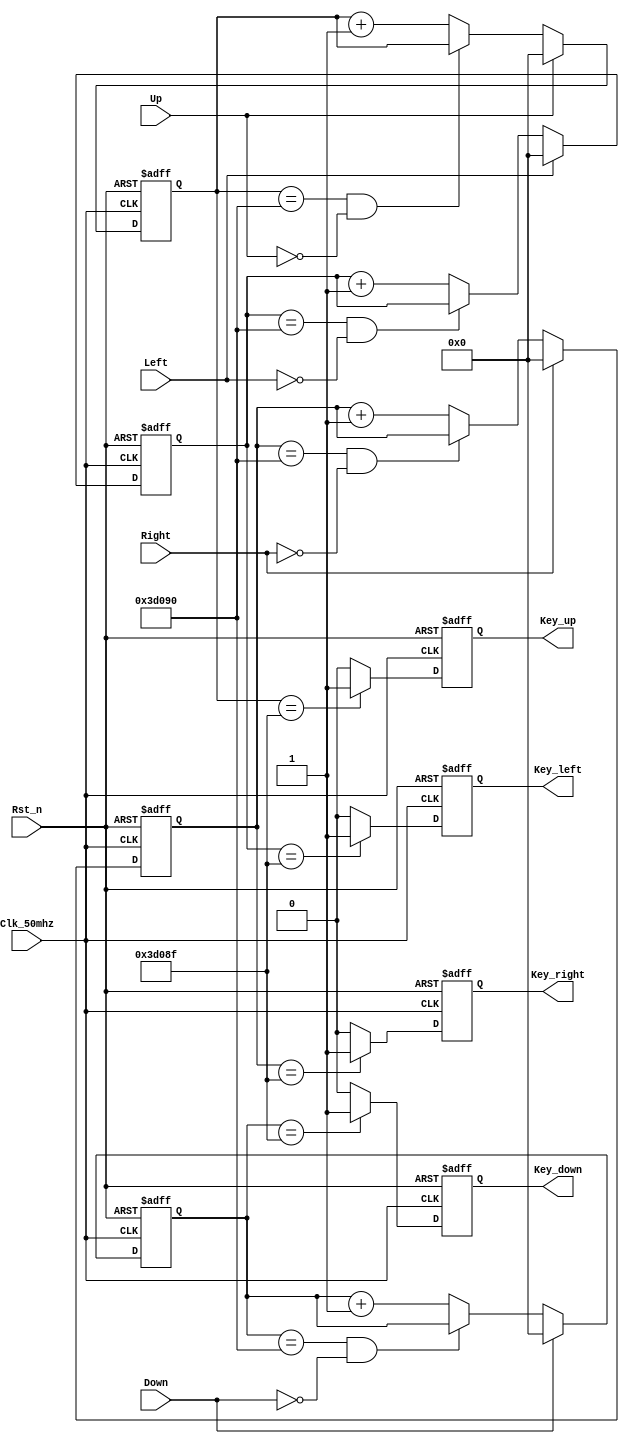
module Key_check_module//
(	
	input Clk_50mhz,//50M
	input Rst_n,//
	
	input Left,//
	input Right,//
	input Up,//
	input Down,//
	
	output reg Key_left,//
	output reg Key_right,//
	output reg Key_up,//
	output reg Key_down//
);

/***************************************************************************/
	reg [31:0] Count1;//32100MS
	
	reg Key_left2;//2
	reg Key_right2;//2
	reg Key_up2;//2
	reg Key_down2;//2
	
	
	/*
	
	always @ (posedge Clk_50mhz or negedge Rst_n)
	begin
		if(!Rst_n)
		begin
			Count1 <= 32'd0;
			
			Key_left <= 1'd0;
			Key_right <= 1'd0;
			Key_up <= 1'd0;
			Key_down <= 1'd0;
			
			Key_left2 <= 1'd0;
			Key_right2 <= 1'd0;
			Key_up2 <= 1'd0;
			Key_down2 <= 1'd0;						
		end
		else 
		begin
			if(Count1 == 32'd5_0000)//100MS0
			begin//2201
				Count1 <= 0;//
				
				Key_left2 <= Left;//
				Key_right2 <= Right;
				Key_up2 <= Up;
				Key_down2 <= Down;
			
				if((Key_left2 == 1'd1) && (Left == 1'd0))
					Key_left <= 1'd1;
				if((Key_right2 == 1'd1) && (Right == 1'd0))
					Key_right <= 1'd1;
				if((Key_up2 == 1'd1) && (Up == 1'd0))
					Key_up <= 1'd1;
				if((Key_down2 == 1'd1) && (Down == 1'd0))
					Key_down <= 1'd1;	
			end
			else
			begin
				Count1 <= Count1 + 32'd1;
				//
				Key_left <= 1'd0;
				Key_right <= 1'd0;
				Key_up <= 1'd0;
				Key_down <= 1'd0;
			end
		end	
	end		
*/

	//// /////////////////////////////////////////////
   //// /////////////////////////////////////////////
   //// /////////////////////////////////////////////

	// parameter CNT_MAX = 20'd999_999 ; //
	  parameter CNT_MAX = 20'd250_000 ; //    5ms
		
	reg     [19:0]  cnt_20ms    ;   //

	always@(posedge Clk_50mhz or negedge Rst_n)
	begin 
		 if(Rst_n == 1'b0)
			begin 
			  cnt_20ms <= 20'b0;
			end 
		 else    if(Up == 1'b1)
			begin 
			  cnt_20ms <= 20'b0;
			end 
		 else    if(cnt_20ms == CNT_MAX && Up == 1'b0)
			begin 
			  cnt_20ms <= cnt_20ms;
			end 
		 else
			begin 
			  cnt_20ms <= cnt_20ms + 1'b1;
			end 
	end 

	always@(posedge Clk_50mhz or negedge Rst_n)
	begin 
		 if(Rst_n == 1'b0)
			begin 
			  Key_up <= 1'b0;
			end 
		 else    if(cnt_20ms == CNT_MAX - 1'b1)
			begin 
			  Key_up <= 1'b1;
			end 
		 else
			begin 
			  Key_up <= 1'b0;
			end 
	end 

///////////////////////////////////////////////////////////////////////////
///////////////////////////////////////////////////////////////////////////
///////////////////////////////////////////////////////////////////////////

	reg     [19:0]  cnt_20ms_2    ;   //

	always@(posedge Clk_50mhz or negedge Rst_n)
	begin 
		 if(Rst_n == 1'b0)
			begin 
			  cnt_20ms_2 <= 20'b0;
			end 
		 else    if(Down == 1'b1)
			begin 
			  cnt_20ms_2 <= 20'b0;
			end 
		 else    if(cnt_20ms_2 == CNT_MAX && Down == 1'b0)
			begin 
			  cnt_20ms_2 <= cnt_20ms_2;
			end 
		 else
			begin 
			  cnt_20ms_2 <= cnt_20ms_2 + 1'b1;
			end 
	end 

	always@(posedge Clk_50mhz or negedge Rst_n)
	begin 
		 if(Rst_n == 1'b0)
			begin 
			  Key_down <= 1'b0;
			end 
		 else    if(cnt_20ms_2 == CNT_MAX - 1'b1)
			begin 
			  Key_down <= 1'b1;
			end 
		 else
			begin 
			  Key_down <= 1'b0;
			end 
	end 


	///////////////////////////////////////////////////////////////////////////
///////////////////////////////////////////////////////////////////////////
///////////////////////////////////////////////////////////////////////////

	reg     [19:0]  cnt_20ms_3    ;   //

	always@(posedge Clk_50mhz or negedge Rst_n)
	begin 
		 if(Rst_n == 1'b0)
			begin 
			  cnt_20ms_3 <= 20'b0;
			end 
		 else    if(Left == 1'b1)
			begin 
			  cnt_20ms_3 <= 20'b0;
			end 
		 else    if(cnt_20ms_3 == CNT_MAX && Left == 1'b0)
			begin 
			  cnt_20ms_3 <= cnt_20ms_3;
			end 
		 else
			begin 
			  cnt_20ms_3 <= cnt_20ms_3 + 1'b1;
			end 
	end 

	always@(posedge Clk_50mhz or negedge Rst_n)
	begin 
		 if(Rst_n == 1'b0)
			begin 
			  Key_left <= 1'b0;
			end 
		 else    if(cnt_20ms_3 == CNT_MAX - 1'b1)
			begin 
			  Key_left <= 1'b1;
			end 
		 else
			begin 
			  Key_left <= 1'b0;
			end 
	end 



///////////////////////////////////////////////////////////////////////////
///////////////////////////////////////////////////////////////////////////
///////////////////////////////////////////////////////////////////////////

	reg     [19:0]  cnt_20ms_4    ;   //

	always@(posedge Clk_50mhz or negedge Rst_n)
	begin 
		 if(Rst_n == 1'b0)
			begin 
			  cnt_20ms_4 <= 20'b0;
			end 
		 else    if(Right == 1'b1)
			begin 
			  cnt_20ms_4 <= 20'b0;
			end 
		 else    if(cnt_20ms_4 == CNT_MAX && Right == 1'b0)
			begin 
			  cnt_20ms_4 <= cnt_20ms_4;
			end 
		 else
			begin 
			  cnt_20ms_4 <= cnt_20ms_4 + 1'b1;
			end 
	end 

	always@(posedge Clk_50mhz or negedge Rst_n)
	begin 
		 if(Rst_n == 1'b0)
			begin 
			  Key_right <= 1'b0;
			end 
		 else    if(cnt_20ms_4 == CNT_MAX - 1'b1)
			begin 
			  Key_right <= 1'b1;
			end 
		 else
			begin 
			  Key_right <= 1'b0;
			end 
	end 
















	
	
endmodule